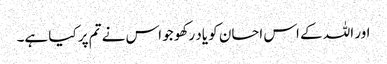
اور اللہ کے اس احسان کو یاد رکھو جو اس نے تم پر کیا ہے۔